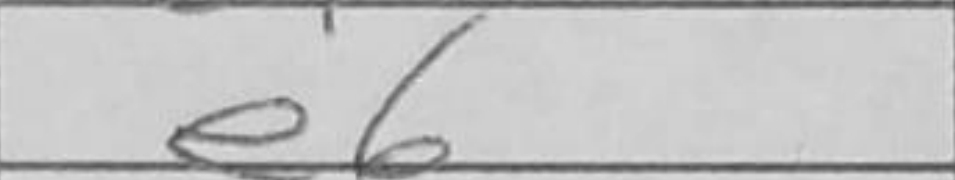
Transcription: e6